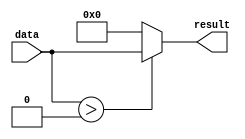
`timescale 1ns / 1ps
//////////////////////////////////////////////////////////////////////////////////
// Company: 
// Engineer: 
// 
// Design Name: 
// Module Name: Relu
// Project Name: 
// Target Devices: 
// Tool Versions: 
// Description: 
// 
// Dependencies: 
// 
// Revision:
// Revision 0.01 - File Created
// Additional Comments:
// 
//////////////////////////////////////////////////////////////////////////////////


module Relu#(
    parameter BITWIDTH = 8,
    parameter THRESSHOLD = 0
    )
    (
    input signed [BITWIDTH - 1:0] data,
    output signed [BITWIDTH - 1:0] result
    );
    
    assign result = data > THRESSHOLD ? data : THRESSHOLD;
endmodule